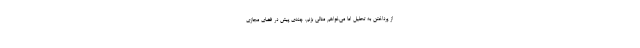
از پرداختن به تحلیل اما می‌خواهم مثالی بزنم. چندی پیش در فضای مجازی